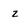
Character: 2